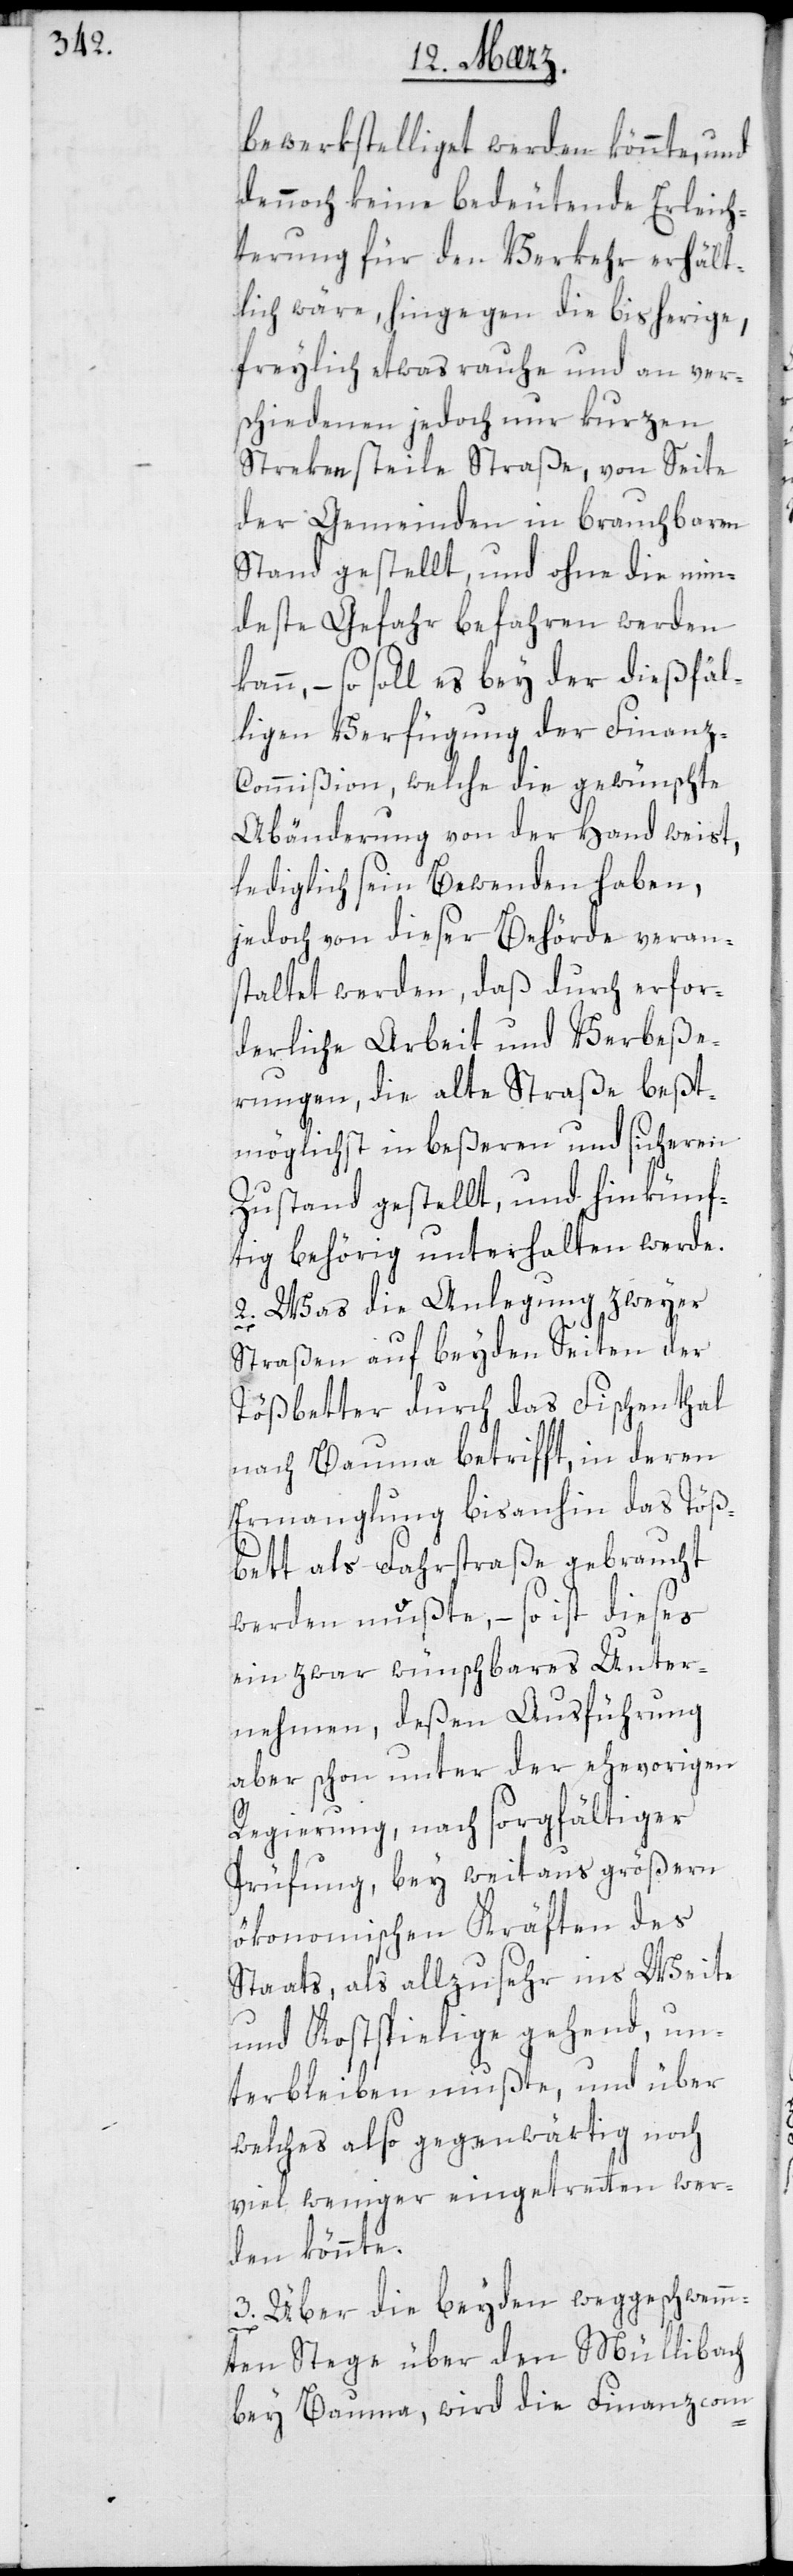
bewerkstelliget werden könnte, und
dennoch keine bedeutende Erleich¬
terung für den Verkehr erhält¬
lich wäre, hingegen die bisherige,
freilich etwas rauhe und an ver¬
schiedenen jedoch nur kurzen
Streken steile Straße, von Seite
der Gemeinden in brauchbaren
Stand gestellt, und ohne die min¬
deste Gefahr befahren werden
kann, – so soll es bey der dießfäl¬
ligen Verfügung der Finanz-C¬
ommißion, welche die gewünschte
Abänderung von der Hand weist,
lediglich sein Bewenden haben,
jedoch von dieser Behörde veran¬
staltet werden, daß durch erfor¬
derliche Arbeit und Verbeße¬
rungen, die alte Straße beßt¬
möglich in beßeren und sicheren
Zustand gestellt, und hinkünf¬
tig behörig unterhalten werde.
2. Was die Anlegung zweyer
Straßen auf beyden Seiten der
Tößbetter durch das Fischenthal
nach Bauma betrifft, in deren
Ermanglung bis anhin das Töß¬
bett als Fahrstraße gebraucht
werden mußte, – so ist dieses
ein zwar wünschbares Unter¬
nehmen, deßen Ausführung
aber schon unter der ehevorigen
Regierung, nach sorgfältiger
Prüfung, bey weitaus größern
ökonomischen Kräften des
Staats, als allzu sehr ins Weite
und Kostspielige gehend, un¬
terbleiben mußte, und über
welches also gegenwärtig noch
viel weniger eingetreten wer¬
den könnte.
3. Über die beyden weggeschwemm¬
ten Stege über den Müllibach
bey Bauma, wird die Finanzcom-